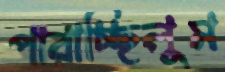
পারাচ্ছিলুম